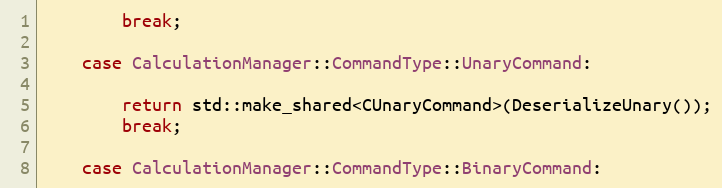
Language: C++
        break;

    case CalculationManager::CommandType::UnaryCommand:

        return std::make_shared<CUnaryCommand>(DeserializeUnary());
        break;

    case CalculationManager::CommandType::BinaryCommand: